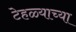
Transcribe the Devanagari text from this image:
टेहळ्याच्या